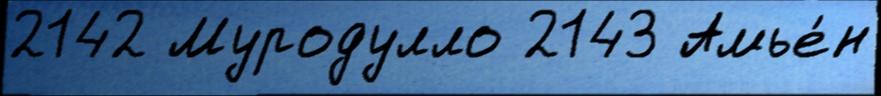
2142 Муродулло 2143 Амье́н